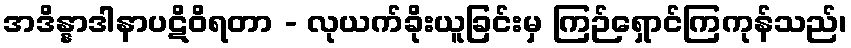
အဒိန္နာဒါနာပဋိဝိရတာ - လုယက်ခိုးယူခြင်းမှ ကြဉ်ရှောင်ကြကုန်သည်၊